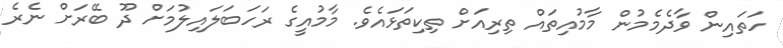
ހަތައިން ވާދެމެމުން މާމުއިތައް ތިރިއަށް ތިކިތަޅައެވެ. މާމުއީގެ ރަހަބަލައިލުމަށް ދޫ ބޭރަށް ނެރެ